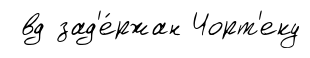
вд зад'е́ржан Чорт'еку